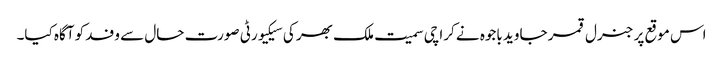
اس موقع پر جنرل قمر جاوید باجوہ نے کراچی سمیت ملک بھر کی سیکیورٹی صورت حال سے وفد کو آگاہ کیا۔